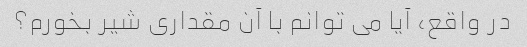
در واقع، آیا می توانم با آن مقداری شیر بخورم؟